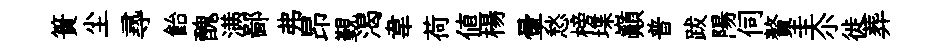
簣尘𡬶飴醜满鄙弗昂覲渴韋荷値楊暈愁榜堞巔普跋陽伺贅圭尒徙葬